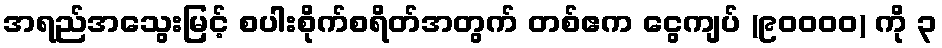
အရည်အသွေးမြင့် စပါးစိုက်စရိတ်အတွက် တစ်ဧက ငွေကျပ် (၉၀၀၀၀) ကို ၃